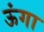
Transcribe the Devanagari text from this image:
ऊंगा